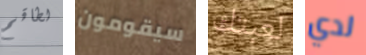
لطاقم سيقومون لعبتك لدي